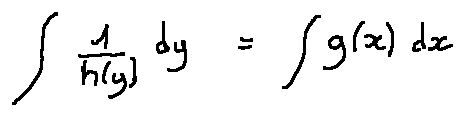
\int \frac { 1 } { h ( y ) } d y = \int g ( x ) d x